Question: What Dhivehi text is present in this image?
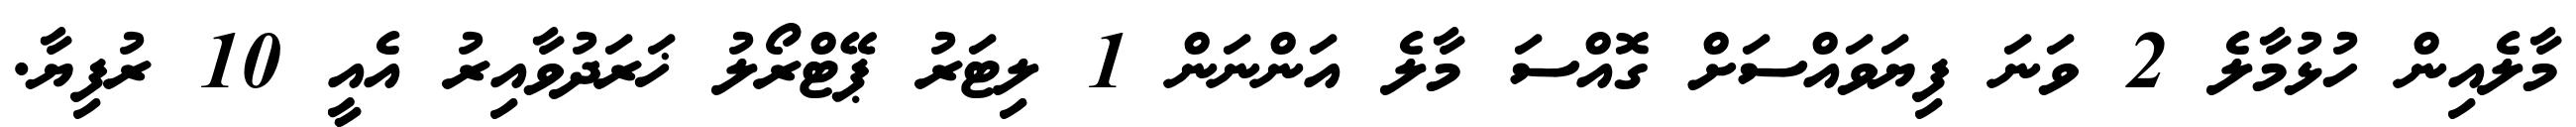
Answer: މާލެއިން ހުޅުމާލެ 2 ވަނަ ފިޔަވައްސަށް ގޮއްސަ މާލެ އަންނަން 1 ލިޓަރު ޕޭޓްރޯލު ޚަރަދުވާއިރު އެއީ 10 ރުފިޔާ.